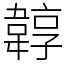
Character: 韕